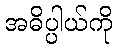
အဓိပ္ပါယ်ကို